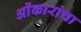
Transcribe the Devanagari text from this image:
ओंकारांचा